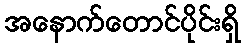
အနောက်တောင်ပိုင်းရှိ